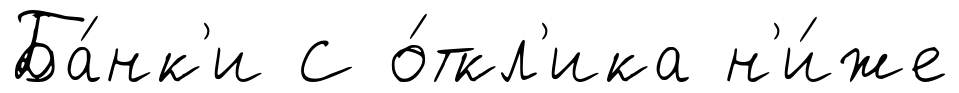
Ба́нк'и С о́ткл'ика н'и́же